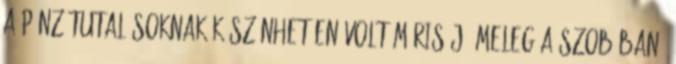
A pénzátutalásoknak köszönhetően volt máris jó meleg a szobában,